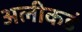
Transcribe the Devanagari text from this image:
अलीकडं